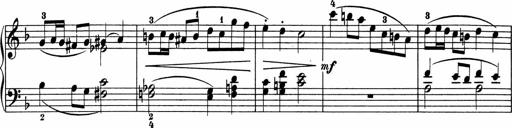
Title: 5 Sonatinen fÃ¼r die Jugend
Composer: Carl Reinecke